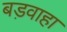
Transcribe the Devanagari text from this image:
बड़वाहा